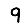
Digit: 9